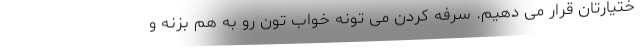
ختیارتان قرار می دهیم. سرفه کردن می تونه خواب تون رو به هم بزنه و